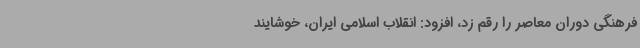
فرهنگی دوران معاصر را رقم زد، افزود: انقلاب اسلامی ایران، خوشایند